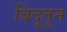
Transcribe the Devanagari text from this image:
बिंदूतून